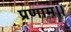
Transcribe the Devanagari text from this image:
प्रणाम।।